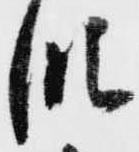
段